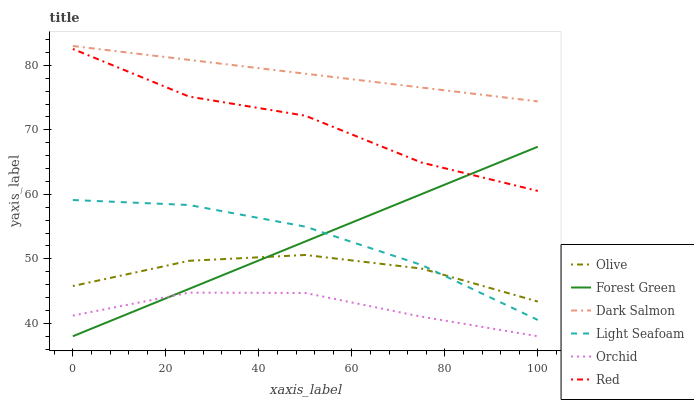
| xaxis_label | Olive | Forest Green | Dark Salmon | Light Seafoam | Orchid | Red |
 | --- | --- | --- | --- | --- | --- | --- |
 | 0 | 45.8 | 38 | 83 | 59.1 | 41.2 | 82.5 |
 | 25 | 49.7 | 45.3 | 80.9 | 58.3 | 44.8 | 75.2 |
 | 50 | 50.6 | 52.7 | 78.7 | 55 | 44.7 | 72.2 |
 | 75 | 48.5 | 60 | 76.6 | 49.1 | 41 | 64.9 |
 | 100 | 43.4 | 67.4 | 74.4 | 40.5 | 38 | 60.5 |